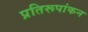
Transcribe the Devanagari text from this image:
प्रतिरूपांकन